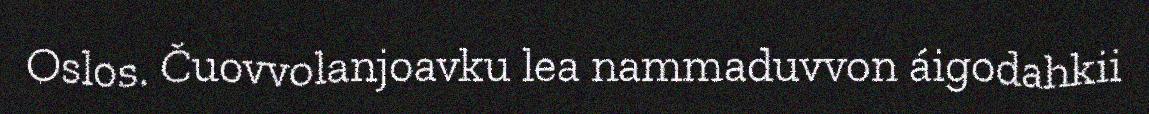
Oslos. Čuovvolanjoavku lea nammaduvvon áigodahkii